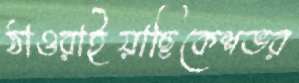
ঠাওরাইয়াছিকেশভর